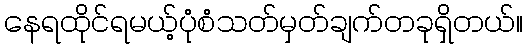
နေရထိုင်ရမယ့်ပုံစံသတ်မှတ်ချက်တခုရှိတယ်။